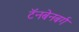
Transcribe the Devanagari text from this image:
टॅनबेनबर्ग